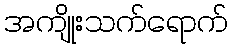
အကျိုးသက်ရောက်